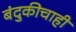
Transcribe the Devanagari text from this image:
बंदुकीचाही